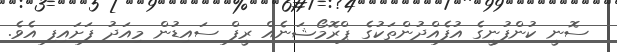
ސޮނީ ކުންފުނީގެ އުފެއްދުންތަކުގެ ޕްރޮމޯޝަނެއް ރީފް ސައިޑުން މިއަދު ފަށައިފި އެވެ.